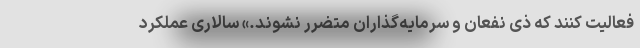
فعالیت کنند که ذی نفعان و سرمایه‌گذاران متضرر نشوند.» سالاری عملکرد